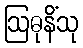
ဩဓုနိံသု